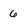
Character: 6